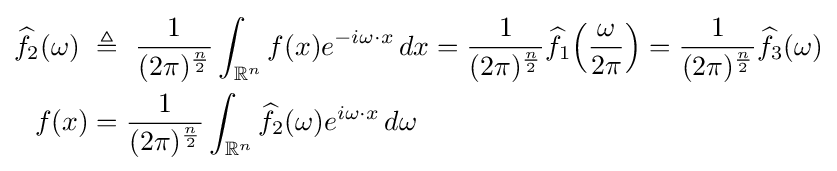
{\begin{aligned}{\widehat {f}}_{2}(\omega )\ &\triangleq \ {\frac {1}{(2\pi )^{\frac {n}{2}}}}\int _{\mathbb {R} ^{n}}f(x)e^{-i\omega \cdot x}\,dx={\frac {1}{(2\pi )^{\frac {n}{2}}}}{\widehat {f}}_{1}\!\left({\frac {\omega }{2\pi }}\right)={\frac {1}{(2\pi )^{\frac {n}{2}}}}{\widehat {f}}_{3}(\omega )\\f(x)&={\frac {1}{(2\pi )^{\frac {n}{2}}}}\int _{\mathbb {R} ^{n}}{\widehat {f}}_{2}(\omega )e^{i\omega \cdot x}\,d\omega \end{aligned}}